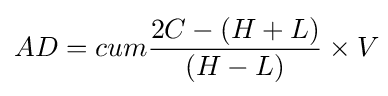
AD=cum{\frac {2C-(H+L)}{(H-L)}}\times V\!